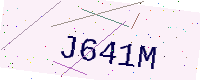
Text: J641M